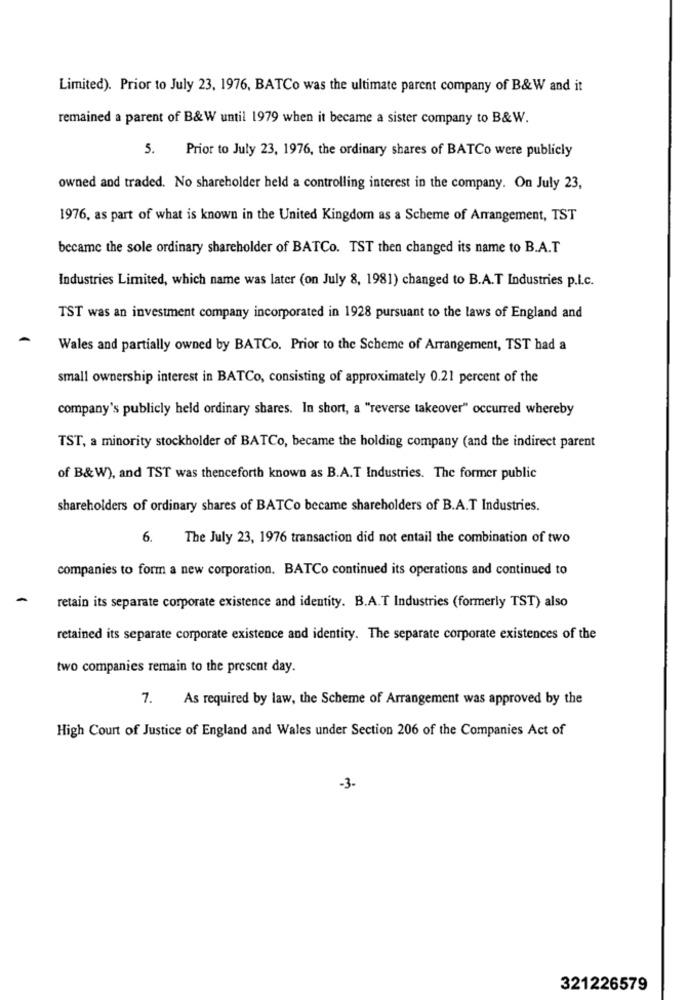
Limited). Prior to July 23, 1976, BATCo was the ultimate parent company of B&W and it
remained a parent of B&W until 1979 when it became a sister company to B&W.
5.
Prior to July 23, 1976, the ordinary shares of BATCo were publicly
owned and traded. No shareholder held a controlling interest in the company. On July 23,
1976, as part of what is known in the United Kingdom as a Scheme of Arrangement, TST
became the sole ordinary shareholder of BATCo. TST then changed its name to B.A.T
Industries Limited, which name was later (on July 8, 1981) changed to B.A.T Industries p.l.c.
TST was an investment company incorporated in 1928 pursuant to the laws of England and
Wales and partially owned by BATCo. Prior to the Scheme of Arrangement, TST had a
small ownership interest in BATCo, consisting of approximately 0.21 percent of the
company's publicly held ordinary shares. In short, a "reverse takeover" occurred whereby
TST, a minority stockholder of BATCo, became the holding company (and the indirect parent
of B&W), and TST was thenceforth known as B.A.T Industries. The former public
shareholders of ordinary shares of BATCo became shareholders of B.A.T Industries.
6.
The July 23, 1976 transaction did not entail the combination of two
companies to form a new corporation. BATCo continued its operations and continued to
retain its separate corporate existence and identity. B.A.T Industries (formerly TST) also
retained its separate corporate existence and identity. The separate corporate existences of the
two companies remain to the present day.
7.
As required by law, the Scheme of Arrangement was approved by the
High Court of Justice of England and Wales under Section 206 of the Companies Act of
-3.
321226579